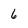
Character: 6